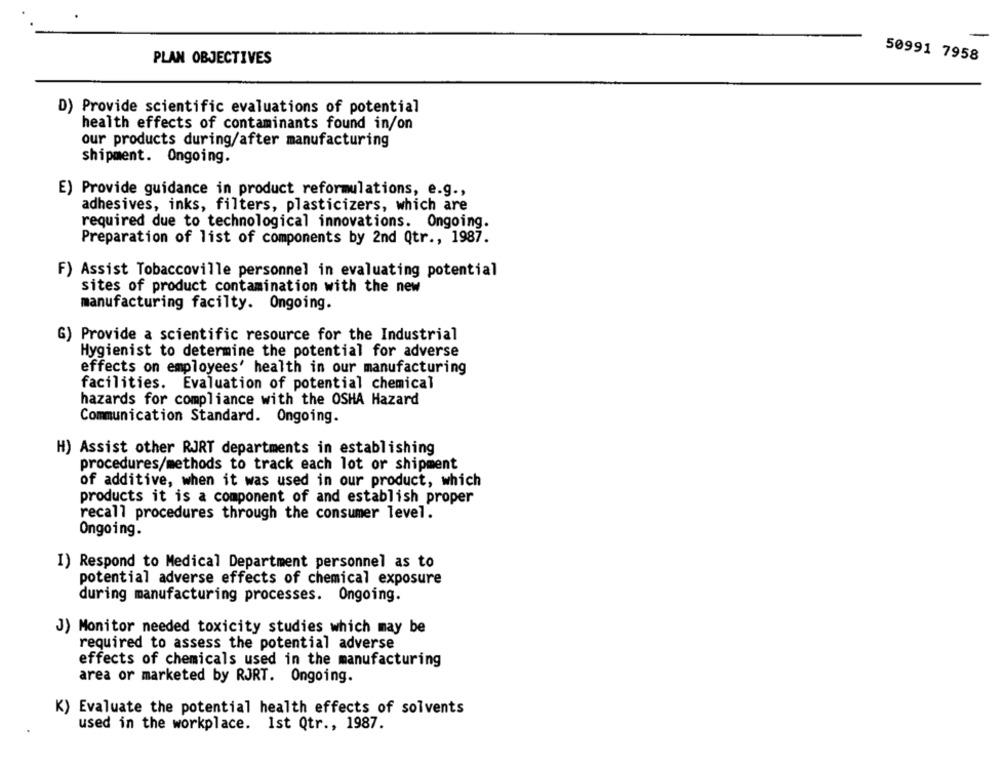
PLAN OBJECTIVES
50991 7958
D) Provide scientific evaluations of potential
health effects of contaminants found in/on
our products during/after manufacturing
shipment. Ongoing.
E) Provide guidance in product reformulations, e.g .,
adhesives, inks, filters, plasticizers, which are
required due to technological innovations. Ongoing.
Preparation of list of components by 2nd Qtr ., 1987.
F) Assist Tobaccoville personnel in evaluating potential
sites of product contamination with the new
manufacturing facilty. Ongoing.
G) Provide a scientific resource for the Industrial
Hygienist to determine the potential for adverse
effects on employees' health in our manufacturing
facilities. Evaluation of potential chemical
hazards for compliance with the OSHA Hazard
Communication Standard. Ongoing.
H) Assist other RJRT departments in establishing
procedures/methods to track each lot or shipment
of additive, when it was used in our product, which
products it is a component of and establish proper
recall procedures through the consumer level.
Ongoing.
I) Respond to Medical Department personnel as to
potential adverse effects of chemical exposure
during manufacturing processes. Ongoing.
J) Monitor needed toxicity studies which may be
required to assess the potential adverse
effects of chemicals used in the manufacturing
area or marketed by RJRT. Ongoing.
K) Evaluate the potential health effects of solvents
used in the workplace. Ist Qtr ., 1987.